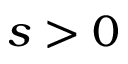
s > 0